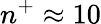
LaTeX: n^{+}\approx 10